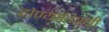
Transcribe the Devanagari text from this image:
होण्याविषयी